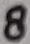
Text: 8